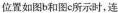
位置如图b和图c所示时，连